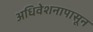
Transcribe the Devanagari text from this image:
अधिवेशनापासून